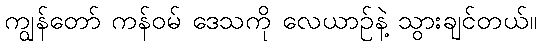
ကျွန်တော် ကန်ဝမ် ဒေသကို လေယာဉ်နဲ့ သွားချင်တယ်။